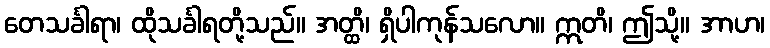
တေသင်္ခါရာ၊ ထိုသင်္ခါရတို့သည်။ အတ္ထိ၊ ရှိပါကုန်သလော။ ဣတိ၊ ဤသို့။ အာဟ၊